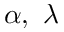
\alpha , ~ \lambda